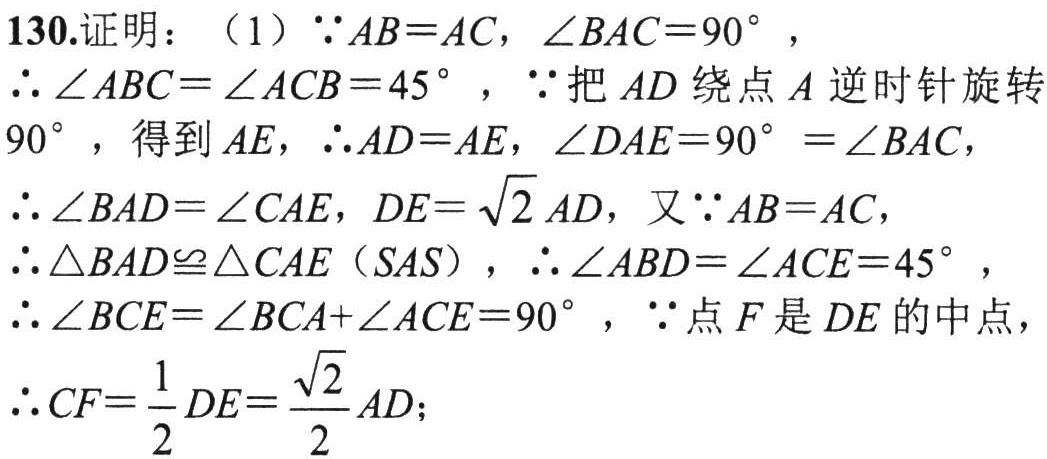
130.证明：（1）\(\because AB = AC\)，\(\angle BAC = 90^{\circ}\)，
\(\therefore \angle ABC=\angle ACB = 45^{\circ}\)，\(\because\)把\(AD\)绕点\(A\)逆时针旋转\(90^{\circ}\)，得到\(AE\)，\(\therefore AD = AE\)，\(\angle DAE = 90^{\circ}=\angle BAC\)，
\(\therefore \angle BAD=\angle CAE\)，\(DE = \sqrt{2}AD\)，又\(\because AB = AC\)，
\(\therefore \triangle BAD\cong\triangle CAE(SAS)\)，\(\therefore \angle ABD=\angle ACE = 45^{\circ}\)，
\(\therefore \angle BCE=\angle BCA+\angle ACE = 90^{\circ}\)，\(\because\)点\(F\)是\(DE\)的中点，
\(\therefore CF=\frac{1}{2}DE=\frac{\sqrt{2}}{2}AD\)；